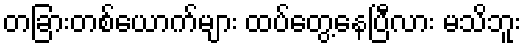
တခြားတစ်ယောက်များ ထပ်တွေ့နေပြီလား မသိဘူး